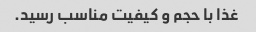
غذا با حجم و کیفیت مناسب رسید.